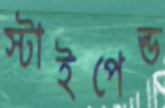
স্টাইপেন্ড